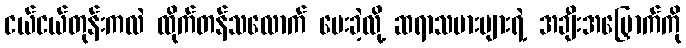
ငယ်ငယ်တုန်းကလဲ ထိုက်တန်သလောက် ပေးခဲ့လို့ ဆရာသမားများရဲ့ အချီးအမြှောက်ကို